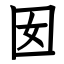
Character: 囡